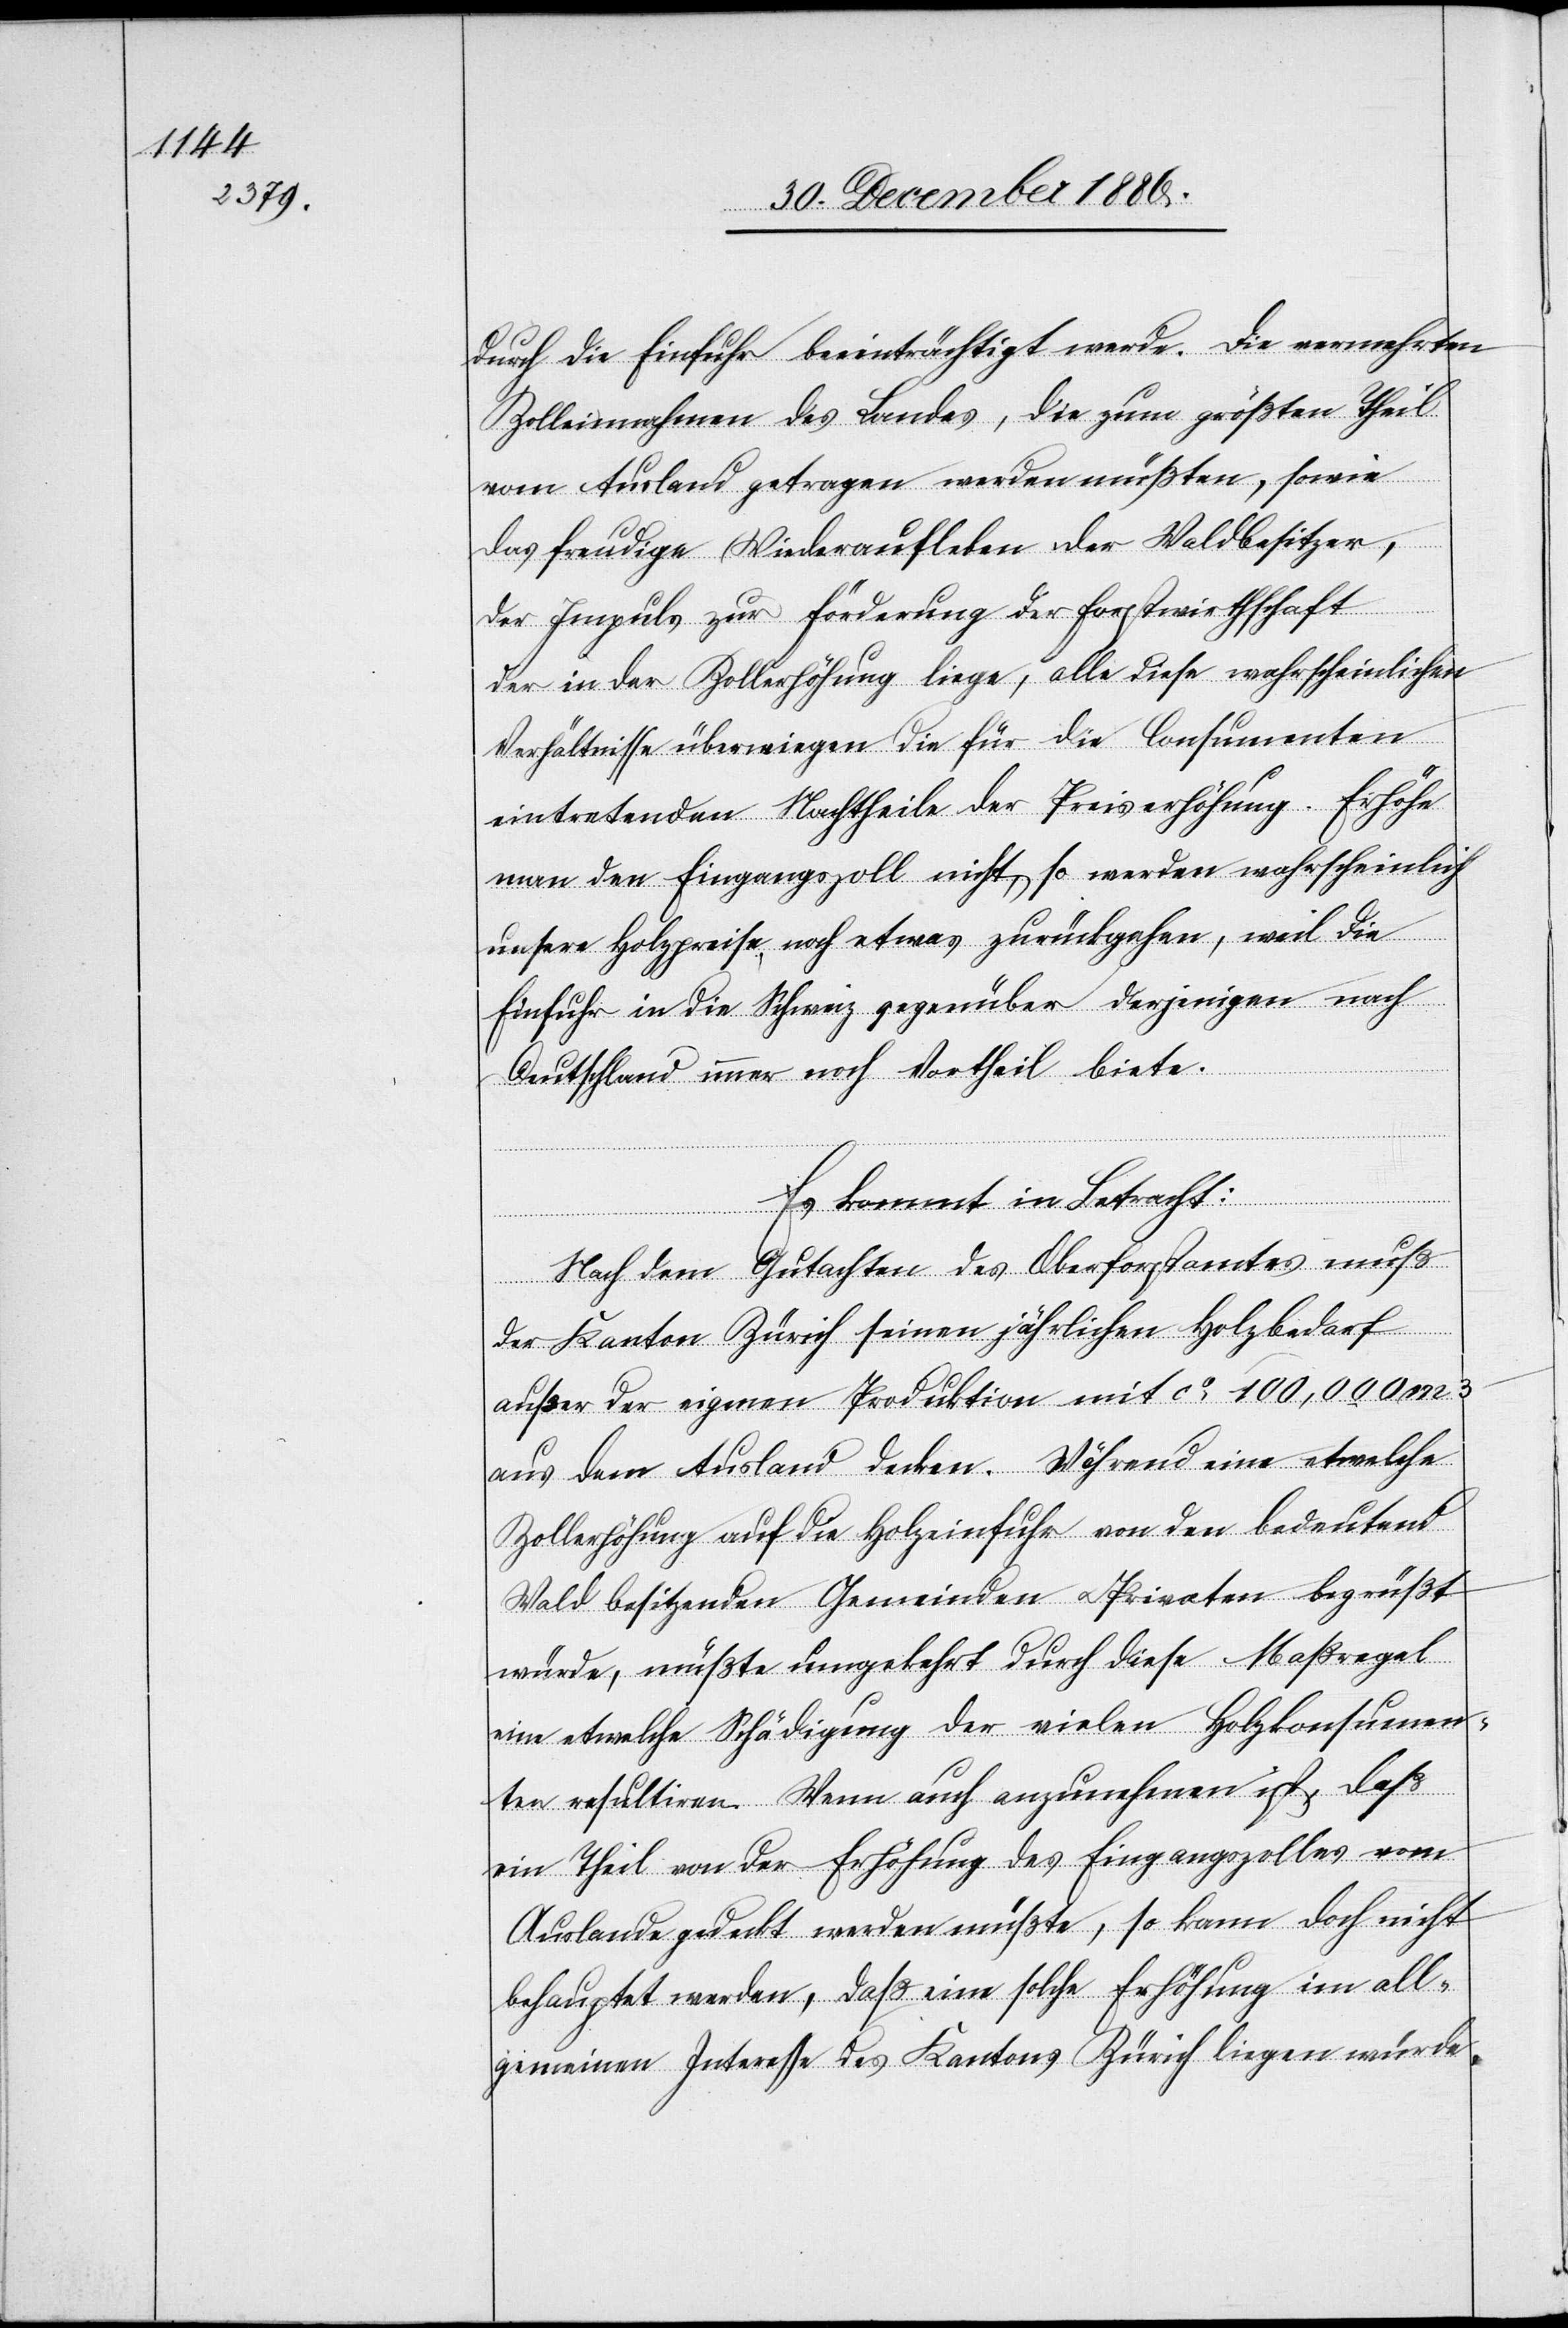
durch die Einfuhr beeinträchtigt werde. Die vermehrten
Zolleinnahmen des Landes, die zum größten Theil
vom Ausland getragen werden müßten, sowie
das freudige Wiederaufleben der Waldbesitzer,
der Impuls zur Förderung der Forstwirthschaft
der in der Zollerhöhung liege, alle diese wahrscheinlichen
Verhältnisse überwiegen die für die Consumenten
eintretenden Nachtheile der Preiserhöhung. Erhöhe
man den Eingangszoll nicht, so werden wahrscheinlich
unsere Holzpreise noch etwas zurückgehen, weil die
Einfuhr in die Schweiz gegenüber derjenigen nach
Deutschland immer noch Vortheil biete.
Es kommt in Betracht:
Nach dem Gutachten des Oberforstamtes muß
der Kanton Zürich seinen jährlichen Holzbedarf
außer der eigenen Produktion mit ca 100,000 m3
aus dem Ausland decken. Während eine etwelche
Zollerhöhung auf die Holzeinfuhr von den bedeutend
Wald besitzenden Gemeinden & Privaten begrüßt
würde, müßte umgekehrt durch diese Maßregel
eine etwelche Schädigung der vielen Holzkonsumen¬
ten resultiren. Wenn auch anzunehmen ist, daß
ein Theil von der Erhöhung des Eingangszolles vom
Auslande gedeckt werden müßte, so kann doch nicht
behauptet werden, daß eine solche Erhöhung im all¬
gemeinen Interesse des Kantons Zürich liegen würde.